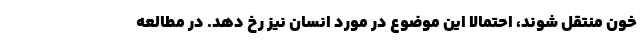
خون منتقل شوند، احتمالاً این موضوع در مورد انسان نیز رخ دهد. در مطالعه